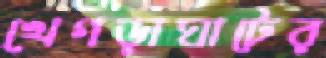
খেগড়াঘাটের